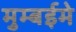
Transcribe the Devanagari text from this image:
मुम्बईमे